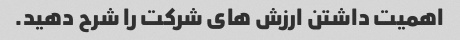
اهمیت داشتن ارزش های شرکت را شرح دهید.